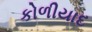
કોળીયાદ